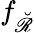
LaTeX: f_{\breve{\mathscr R}}